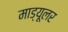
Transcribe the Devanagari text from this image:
माड्यूलर